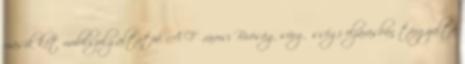
másik két mobilszolgáltatóé. A Fővárosi Bíróság sürgősségi eljárásban tárgyalta